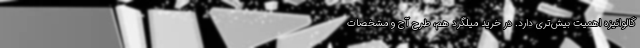
گالوانیزه اهمیّت بیش‌تری دارد. در خرید میلگرد هم، طرح آج و مشخصات